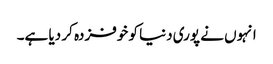
انہوں نے پوری دنیا کو خوفزدہ کر دیا ہے۔